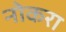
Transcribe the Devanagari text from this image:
नोकरा